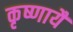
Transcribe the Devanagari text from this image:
कृष्णायै